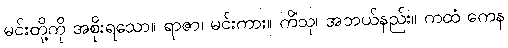
မင်းတို့ကို အစိုးရသော။ ရာဇာ၊ မင်းကား။ ကိံသု၊ အဘယ်နည်း။ ကထံ ကေန